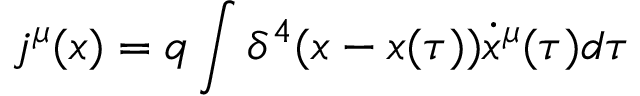
j ^ { \mu } ( x ) = q \int { \delta ^ { 4 } ( x - x ( \tau ) ) \dot { x } ^ { \mu } ( \tau ) d \tau }